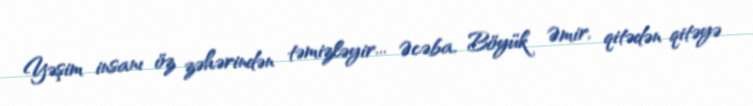
Yəşim insanı öz zəhərindən təmizləyir... Əcəba, Böyük Əmir, qitədən qitəyə